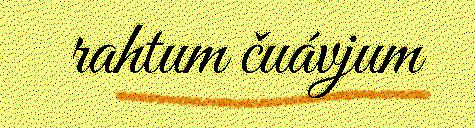
rahtum čuávjum